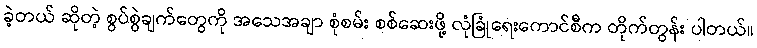
ခဲ့တယ် ဆိုတဲ့ စွပ်စွဲချက်တွေကို အသေအချာ စုံစမ်း စစ်ဆေးဖို့ လုံခြုံရေးကောင်စီက တိုက်တွန်း ပါတယ်။